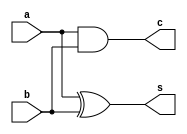
module HalfAdder1(a,b,s,c) ;
  input a,b ;
  output c,s ;  // carry and sum
  assign s = a ^ b ;
  assign c = a & b ;
endmodule

module HalfAdder1Bit(a,b,c,s) ;
  input a,b ;
  output c,s ;  // carry and sum
  assign s = a ^ b ;
  assign c = a & b ;
endmodule

//4bit adder
module add_4_bit(a,b,s);
parameter size=4;
input [size-1:0] a;
input [size-1:0] b;
output [size-1:0] s;
wire  carry[3:0];

HalfAdder1Bit ha1(a[0],b[0],carry[0],s[0]);
HalfAdder1Bit ha2(a[1],b[1],carry[1],s[1]);
HalfAdder1Bit ha3(a[2],b[2],carry[2],s[2]);
HalfAdder1Bit ha4(a[3],b[3],carry[3],s[3]);


endmodule

//6bit adder
module add_6_bit(a,b,s);
parameter size=6;
input [size-1:0] a;
input [size-1:0] b;
output [size-1:0] s;
wire  carry[5:0];

HalfAdder1Bit ha1(a[0],b[0],carry[0],s[0]);
HalfAdder1Bit ha2(a[1],b[1],carry[1],s[1]);
HalfAdder1Bit ha3(a[2],b[2],carry[2],s[2]);
HalfAdder1Bit ha4(a[3],b[3],carry[3],s[3]);
HalfAdder1Bit ha5(a[4],b[4],carry[4],s[4]);
HalfAdder1Bit ha6(a[5],b[5],carry[5],s[5]);

endmodule

//8bit adder
module add_8_bit(a,b,s);
parameter size=8;
input [size-1:0] a;
input [size-1:0] b;
output [size-1:0] s;
wire  carry[7:0];

HalfAdder1Bit ha1(a[0],b[0],carry[0],s[0]);
HalfAdder1Bit ha2(a[1],b[1],carry[1],s[1]);
HalfAdder1Bit ha3(a[2],b[2],carry[2],s[2]);
HalfAdder1Bit ha4(a[3],b[3],carry[3],s[3]);
HalfAdder1Bit ha5(a[4],b[4],carry[4],s[4]);
HalfAdder1Bit ha6(a[5],b[5],carry[5],s[5]);
HalfAdder1Bit ha7(a[6],b[6],carry[6],s[6]);
HalfAdder1Bit ha8(a[7],b[7],carry[7],s[7]);


endmodule


//12bit adder
module add_12_bit(a,b,s);
parameter size=12;
input [size-1:0] a;
input [size-1:0] b;
output [size-1:0] s;
wire  carry[11:0];

HalfAdder1Bit ha1(a[0],b[0],carry[0],s[0]);
HalfAdder1Bit ha2(a[1],b[1],carry[1],s[1]);
HalfAdder1Bit ha3(a[2],b[2],carry[2],s[2]);
HalfAdder1Bit ha4(a[3],b[3],carry[3],s[3]);
HalfAdder1Bit ha5(a[4],b[4],carry[4],s[4]);
HalfAdder1Bit ha6(a[5],b[5],carry[5],s[5]);
HalfAdder1Bit ha7(a[6],b[6],carry[6],s[6]);
HalfAdder1Bit ha8(a[7],b[7],carry[7],s[7]);
HalfAdder1Bit ha9(a[8],b[8],carry[8],s[8]);
HalfAdder1Bit ha10(a[9],b[9],carry[9],s[9]);
HalfAdder1Bit ha11(a[10],b[10],carry[10],s[10]);
HalfAdder1Bit ha12(a[11],b[11],carry[11],s[11]);

endmodule

//16bit adder
module add_16_bit(a,b,s);
parameter size=16;
input [size-1:0] a;
input [size-1:0] b;
output [size-1:0] s;
wire  carry[15:0];

HalfAdder1Bit ha1(a[0],b[0],carry[0],s[0]);
HalfAdder1Bit ha2(a[1],b[1],carry[1],s[1]);
HalfAdder1Bit ha3(a[2],b[2],carry[2],s[2]);
HalfAdder1Bit ha4(a[3],b[3],carry[3],s[3]);
HalfAdder1Bit ha5(a[4],b[4],carry[4],s[4]);
HalfAdder1Bit ha6(a[5],b[5],carry[5],s[5]);
HalfAdder1Bit ha7(a[6],b[6],carry[6],s[6]);
HalfAdder1Bit ha8(a[7],b[7],carry[7],s[7]);
HalfAdder1Bit ha9(a[8],b[8],carry[8],s[8]);
HalfAdder1Bit ha10(a[9],b[9],carry[9],s[9]);
HalfAdder1Bit ha11(a[10],b[10],carry[10],s[10]);
HalfAdder1Bit ha12(a[11],b[11],carry[11],s[11]);
HalfAdder1Bit ha13(a[12],b[12],carry[12],s[12]);
HalfAdder1Bit ha14(a[13],b[13],carry[13],s[13]);
HalfAdder1Bit ha15(a[14],b[14],carry[14],s[14]);
HalfAdder1Bit ha16(a[15],b[15],carry[15],s[15]);

endmodule

//16bit adder
module add_24_bit(a,b,s);
parameter size=24;
input [size-1:0] a;
input [size-1:0] b;
output [size-1:0] s;
wire  carry[23:0];

HalfAdder1Bit ha1(a[0],b[0],carry[0],s[0]);
HalfAdder1Bit ha2(a[1],b[1],carry[1],s[1]);
HalfAdder1Bit ha3(a[2],b[2],carry[2],s[2]);
HalfAdder1Bit ha4(a[3],b[3],carry[3],s[3]);
HalfAdder1Bit ha5(a[4],b[4],carry[4],s[4]);
HalfAdder1Bit ha6(a[5],b[5],carry[5],s[5]);
HalfAdder1Bit ha7(a[6],b[6],carry[6],s[6]);
HalfAdder1Bit ha8(a[7],b[7],carry[7],s[7]);
HalfAdder1Bit ha9(a[8],b[8],carry[8],s[8]);
HalfAdder1Bit ha10(a[9],b[9],carry[9],s[9]);
HalfAdder1Bit ha11(a[10],b[10],carry[10],s[10]);
HalfAdder1Bit ha12(a[11],b[11],carry[11],s[11]);
HalfAdder1Bit ha13(a[12],b[12],carry[12],s[12]);
HalfAdder1Bit ha14(a[13],b[13],carry[13],s[13]);
HalfAdder1Bit ha15(a[14],b[14],carry[14],s[14]);
HalfAdder1Bit ha16(a[15],b[15],carry[15],s[15]);
HalfAdder1Bit ha17(a[16],b[16],carry[16],s[16]);
HalfAdder1Bit ha18(a[17],b[17],carry[17],s[17]);
HalfAdder1Bit ha19(a[18],b[18],carry[18],s[18]);
HalfAdder1Bit ha20(a[19],b[19],carry[19],s[19]);
HalfAdder1Bit ha21(a[20],b[20],carry[20],s[20]);
HalfAdder1Bit ha22(a[21],b[21],carry[21],s[21]);
HalfAdder1Bit ha23(a[22],b[22],carry[22],s[22]);
HalfAdder1Bit ha24(a[23],b[23],carry[23],s[23]);

endmodule

module vedic_2_x_2(a,b,c);
input [1:0]a;
input [1:0]b;
output [3:0]c;
wire [3:0]c;
wire [3:0]temp;
//stage 1
// four multiplication operation of bits accourding to vedic logic done using and gates 
assign c[0]=a[0]&b[0]; 
assign temp[0]=a[1]&b[0];
assign temp[1]=a[0]&b[1];
assign temp[2]=a[1]&b[1];
//stage two 
// using two half adders 
HalfAdder1 z1(temp[0],temp[1],c[1],temp[3]);
HalfAdder1 z2(temp[2],temp[3],c[2],c[3]);
endmodule


module vedic_4_x_4(a,b,c);
input [3:0]a;
input [3:0]b;
output [7:0]c;

wire [3:0]q0;	
wire [3:0]q1;	
wire [3:0]q2;
wire [3:0]q3;	
wire [7:0]c;
wire [3:0]temp1;
wire [5:0]temp2;
wire [5:0]temp3;
wire [5:0]temp4;
wire [3:0]q4;
wire [5:0]q5;
wire [5:0]q6;
// using 4 2x2 multipliers
vedic_2_x_2 z1(a[1:0],b[1:0],q0[3:0]);
vedic_2_x_2 z2(a[3:2],b[1:0],q1[3:0]);
vedic_2_x_2 z3(a[1:0],b[3:2],q2[3:0]);
vedic_2_x_2 z4(a[3:2],b[3:2],q3[3:0]);
// stage 1 adders 
assign temp1 ={2'b0,q0[3:2]};
add_4_bit z5(q1[3:0],temp1,q4);
assign temp2 ={2'b0,q2[3:0]};
assign temp3 ={q3[3:0],2'b0};
add_6_bit z6(temp2,temp3,q5);
assign temp4={2'b0,q4[3:0]};
// stage 2 adder 
add_6_bit z7(temp4,q5,q6);
// fnal output assignment 
assign c[1:0]=q0[1:0];
assign c[7:2]=q6[5:0];


endmodule


module vedic_8X8(a,b,c);
   
input [7:0]a;
input [7:0]b;
output [15:0]c;

wire [15:0]q0;	
wire [15:0]q1;	
wire [15:0]q2;
wire [15:0]q3;	
wire [15:0]c;
wire [7:0]temp1;
wire [11:0]temp2;
wire [11:0]temp3;
wire [11:0]temp4;
wire [7:0]q4;
wire [11:0]q5;
wire [11:0]q6;
// using 4 4x4 multipliers
vedic_4_x_4 z1(a[3:0],b[3:0],q0[7:0]);
vedic_4_x_4 z2(a[7:4],b[3:0],q1[7:0]);
vedic_4_x_4 z3(a[3:0],b[7:4],q2[7:0]);
vedic_4_x_4 z4(a[7:4],b[7:4],q3[7:0]);

// stage 1 adders 
assign temp1 ={4'b0,q0[7:4]};
add_8_bit z5(q1[7:0],temp1,q4);
assign temp2 ={4'b0,q2[7:0]};
assign temp3 ={q3[7:0],4'b0};
add_12_bit z6(temp2,temp3,q5);
assign temp4={4'b0,q4[7:0]};
// stage 2 adder
add_12_bit z7(temp4,q5,q6);
// fnal output assignment 
assign c[3:0]=q0[3:0];
assign c[15:4]=q6[11:0];



endmodule



module vedic_16x16(a,b,c);
input [15:0]a;
input [15:0]b;
output [31:0]c;

wire [15:0]q0;	
wire [15:0]q1;	
wire [15:0]q2;
wire [15:0]q3;	
wire [31:0]c;
wire [15:0]temp1;
wire [23:0]temp2;
wire [23:0]temp3;
wire [23:0]temp4;
wire [15:0]q4;
wire [23:0]q5;
wire [23:0]q6;
// using 4 8x8 multipliers
vedic_8X8 z1(a[7:0],b[7:0],q0[15:0]);
vedic_8X8 z2(a[15:8],b[7:0],q1[15:0]);
vedic_8X8 z3(a[7:0],b[15:8],q2[15:0]);
vedic_8X8 z4(a[15:8],b[15:8],q3[15:0]);

// stage 1 adders 
assign temp1 ={8'b0,q0[15:8]};
add_16_bit z5(q1[15:0],temp1,q4);
assign temp2 ={8'b0,q2[15:0]};
assign temp3 ={q3[15:0],8'b0};
add_24_bit z6(temp2,temp3,q5);
assign temp4={8'b0,q4[15:0]};

//stage 2 adder
add_24_bit z7(temp4,q5,q6);
// fnal output assignment 
assign c[7:0]=q0[7:0];
assign c[31:8]=q6[23:0];


endmodule

//
module main;
reg[15:0] in1Multiplier, in2Multiplier;
wire[31:0] outMultiplier;
vedic_16x16 zap(in1Multiplier, in2Multiplier, outMultiplier);
  initial 
    begin
    in1Multiplier = 16'b0000000000000010;
    in2Multiplier = 16'b0000000000000010;
    #10
      $display("Testing 16 bit multiplier");
      $display("operand 1 is %b", in1Multiplier);
      $display("operand 2 is %b", in2Multiplier);
      $display("output is    %b", outMultiplier);
      $finish ;
    end
// reg[3:0] in1Multiplier, in2Multiplier;
// wire[7:0] outMultiplier;
// vedic_4_x_4 zap(in1Multiplier, in2Multiplier, outMultiplier);
//   initial 
//     begin
//     in1Multiplier = 8;
//     in2Multiplier = 2;
//     #10
//       $display("Testing 16 bit multiplier");
//       $display("operand 1 is %d", in1Multiplier);
//       $display("operand 2 is %d", in2Multiplier);
//       $display("output is    %d", outMultiplier);
//       $finish ;
//     end
endmodule